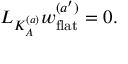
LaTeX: { \cal L } _ { K _ { A } ^ { ( a ) } } w _ { \mathrm { f l a t } } ^ { ( a ^ { \prime } ) } = 0 .